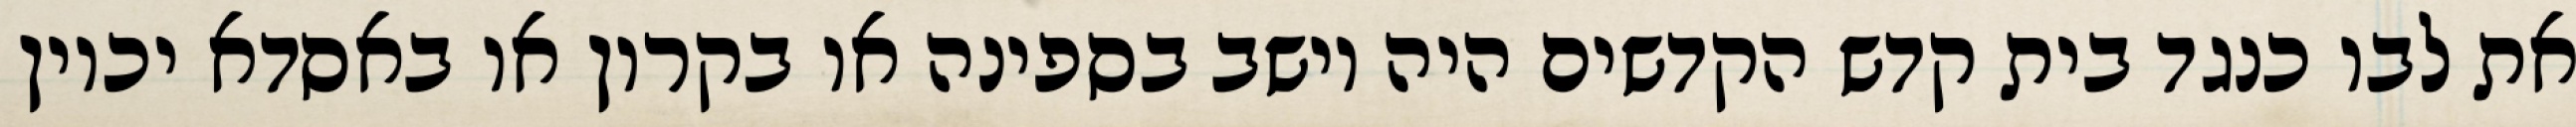
את לבו כנגד בית קדש הקדשים היה יושב בספינה או בקרון או באסדא יכוין